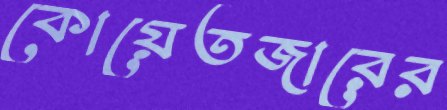
কোয়েতজারের